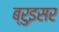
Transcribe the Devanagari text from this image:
ब्रुइसर